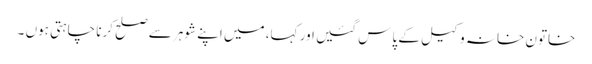
خاتون خانہ وکیل کے پاس گئیں اور کہا، میں اپنے شوہر سے صلح کرنا چاہتی ہوں ۔